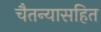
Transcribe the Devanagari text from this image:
चैतन्यासहित